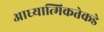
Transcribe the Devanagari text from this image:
आध्यात्मिकतेकडे